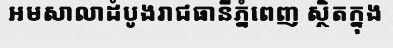
អមសាលាដំបូងរាជធានីភ្នំពេញ ស្ថិតក្នុង